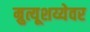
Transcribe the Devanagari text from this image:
म्रुत्यूशय्येवर